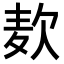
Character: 𮮅